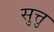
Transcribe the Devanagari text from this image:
सुत्तु